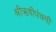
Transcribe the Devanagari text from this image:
श्रीऋषीपंचमी